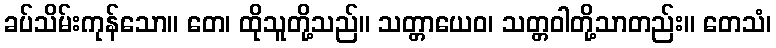
ခပ်သိမ်းကုန်သော။ တေ၊ ထိုသူတို့သည်။ သတ္တာယေဝ၊ သတ္တဝါတို့သာတည်း။ တေသံ၊